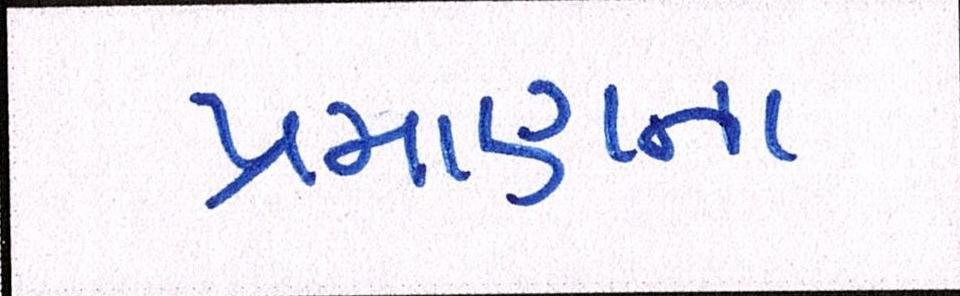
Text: પ્રમાણના